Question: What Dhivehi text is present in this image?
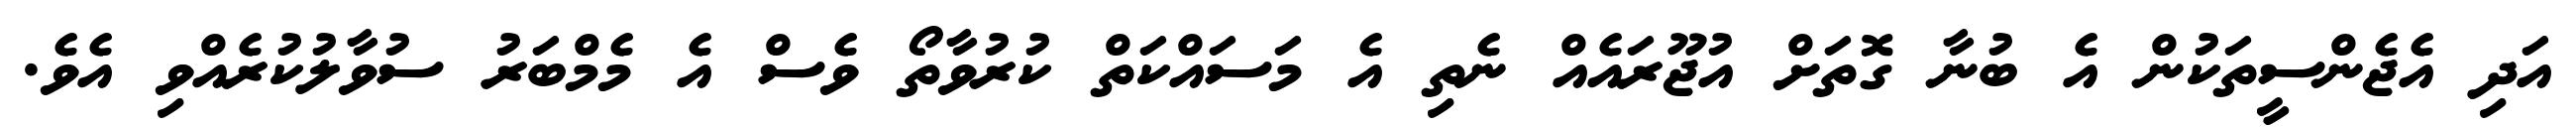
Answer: އަދި އެޖެންސީތަކުން އެ ބުނާ ގޮތަށް އުޖޫރައެއް ނެތި އެ މަސައްކަތް ކުރުވާތޯ ވެސް އެ މެމްބަރު ސުވާލުކުރެއްވި އެވެ.